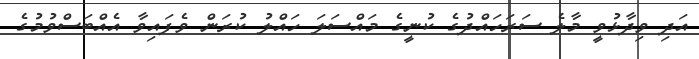
އަދި ވިދާޅުވީ މާލެ ސަރަހައްދުގެ ކުނީގެ މައްސަލަ ހައްލު ކުރަން ވެފައިވާ އެއްބަސްވުމުގެ